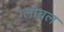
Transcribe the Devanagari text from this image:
ग्लोबल